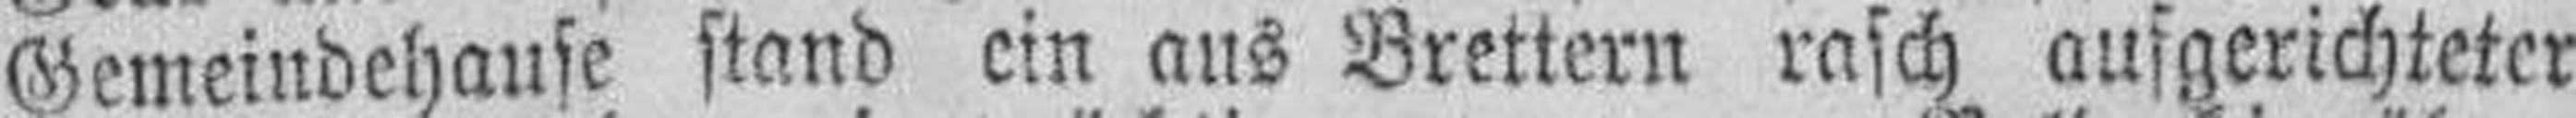
Gemeindehause stand ein aus Brettern rasch aufgerichteter